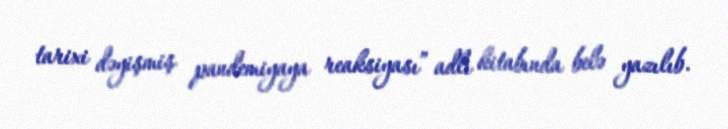
tarixi dəyişmiş pandemiyaya reaksiyası” adlı kitabında belə yazılıb.